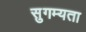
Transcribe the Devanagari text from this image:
सुगम्यता